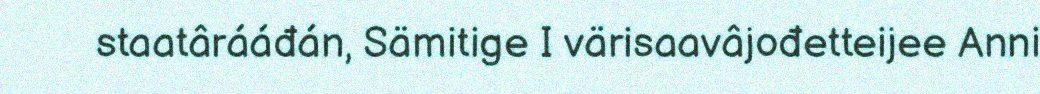
staatârááđán, Sämitige I värisaavâjođetteijee Anni